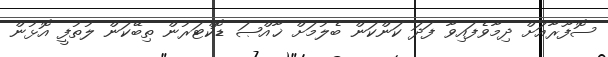
ސޮފޫރާއަށް ދިމާވެފައިވާ ފަދަ ކަންކަން ބެލުމަށް ޚާއްޞަ ޑޮކްޓަރުން ތިބޭކަން ލުތުފީ އޮޅުން